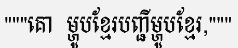
"""គោ  ម្ហូបខ្មែរបញ្ជីម្ហូបខ្មែរ,"""